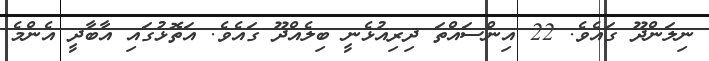
ނިލަންދޫ ގައެވެ. 22 އިންސައްތަ ދިރިއުޅެނީ ބިލެއްދޫ ގައެވެ. އަތޮޅުގައި އާބާދީ އެންމެ